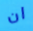
ان